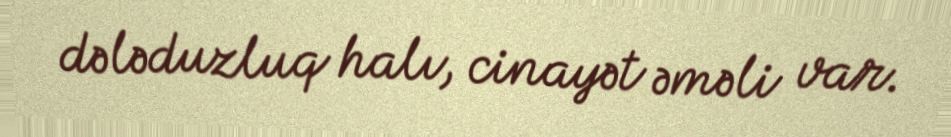
dələduzluq halı, cinayət əməli var.